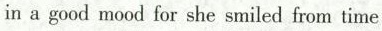
in a good mood for she smiled from time